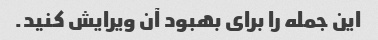
این جمله را برای بهبود آن ویرایش کنید.